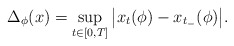
\begin{align*}\Delta_{\phi}(x)=\sup_{t\in [0,T]}\big|x_t(\phi)-x_{t_{-}}(\phi)\big |.\end{align*}